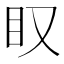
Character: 𥃫